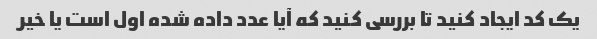
یک کد ایجاد کنید تا بررسی کنید که آیا عدد داده شده اول است یا خیر